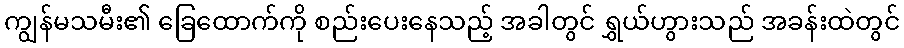
ကျွန်မသမီး၏ ခြေထောက်ကို စည်းပေးနေသည့် အခါတွင် ရွှယ်ဟွားသည် အခန်းထဲတွင်